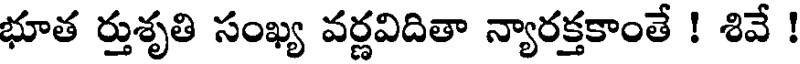
భూత ర్తుశృతి సంఖ్య వర్ణవిదితా న్యారక్తకాంతే ! శివే !